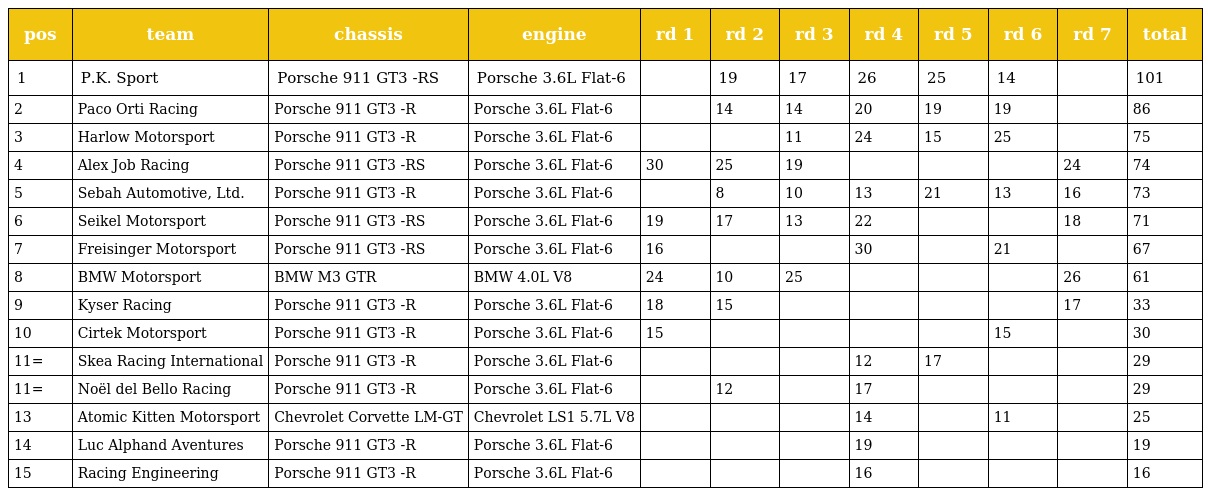
| pos | team | chassis | engine | rd 1 | rd 2 | rd 3 | rd 4 | rd 5 | rd 6 | rd 7 | total |
 | --- | --- | --- | --- | --- | --- | --- | --- | --- | --- | --- | --- |
 | 1 | P.K. Sport | Porsche 911 GT3 -RS | Porsche 3.6L Flat-6 |  | 19 | 17 | 26 | 25 | 14 |  | 101 |
 | 2 | Paco Orti Racing | Porsche 911 GT3 -R | Porsche 3.6L Flat-6 |  | 14 | 14 | 20 | 19 | 19 |  | 86 |
 | 3 | Harlow Motorsport | Porsche 911 GT3 -R | Porsche 3.6L Flat-6 |  |  | 11 | 24 | 15 | 25 |  | 75 |
 | 4 | Alex Job Racing | Porsche 911 GT3 -RS | Porsche 3.6L Flat-6 | 30 | 25 | 19 |  |  |  | 24 | 74 |
 | 5 | Sebah Automotive, Ltd. | Porsche 911 GT3 -R | Porsche 3.6L Flat-6 |  | 8 | 10 | 13 | 21 | 13 | 16 | 73 |
 | 6 | Seikel Motorsport | Porsche 911 GT3 -RS | Porsche 3.6L Flat-6 | 19 | 17 | 13 | 22 |  |  | 18 | 71 |
 | 7 | Freisinger Motorsport | Porsche 911 GT3 -RS | Porsche 3.6L Flat-6 | 16 |  |  | 30 |  | 21 |  | 67 |
 | 8 | BMW Motorsport | BMW M3 GTR | BMW 4.0L V8 | 24 | 10 | 25 |  |  |  | 26 | 61 |
 | 9 | Kyser Racing | Porsche 911 GT3 -R | Porsche 3.6L Flat-6 | 18 | 15 |  |  |  |  | 17 | 33 |
 | 10 | Cirtek Motorsport | Porsche 911 GT3 -R | Porsche 3.6L Flat-6 | 15 |  |  |  |  | 15 |  | 30 |
 | 11= | Skea Racing International | Porsche 911 GT3 -R | Porsche 3.6L Flat-6 |  |  |  | 12 | 17 |  |  | 29 |
 | 11= | Noël del Bello Racing | Porsche 911 GT3 -R | Porsche 3.6L Flat-6 |  | 12 |  | 17 |  |  |  | 29 |
 | 13 | Atomic Kitten Motorsport | Chevrolet Corvette LM-GT | Chevrolet LS1 5.7L V8 |  |  |  | 14 |  | 11 |  | 25 |
 | 14 | Luc Alphand Aventures | Porsche 911 GT3 -R | Porsche 3.6L Flat-6 |  |  |  | 19 |  |  |  | 19 |
 | 15 | Racing Engineering | Porsche 911 GT3 -R | Porsche 3.6L Flat-6 |  |  |  | 16 |  |  |  | 16 |